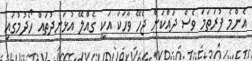
އެންމެ ފުރަތަމަ ވެސް ދައްކަން ޖެހޭ ވާހަކަ އަކީ ގެއްލޭ އުޅަނދުތައް ހޯދުމުގައި